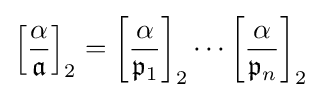
\left[{\frac {\alpha }{\mathfrak {a}}}\right]_{2}=\left[{\frac {\alpha }{{\mathfrak {p}}_{1}}}\right]_{2}\cdots \left[{\frac {\alpha }{{\mathfrak {p}}_{n}}}\right]_{2}